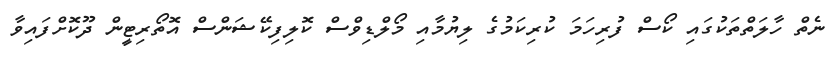
ނެތް ހާލަތްތަކުގައި ކޯސް ފުރިހަމަ ކުރިކަމުގެ ލިޔުމާއި މޯލްޑިވްސް ކޮލިފިކޭޝަންސް އޮތޯރިޓީން ދޫކޮށްފައިވާ